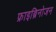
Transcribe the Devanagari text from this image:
फ्राइब्रिनोजन